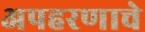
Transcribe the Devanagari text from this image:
अपहरणाचे